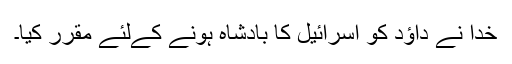
خدا نے داﺅد کو اسرائیل کا بادشاہ ہونے کےلئے مقرر کیا۔